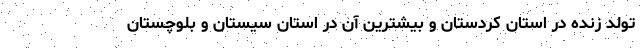
تولد زنده در استان کردستان و بیشترین آن در استان سیستان و بلوچستان